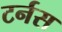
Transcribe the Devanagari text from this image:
टर्नस